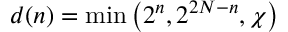
d ( n ) = \operatorname* { m i n } \left( 2 ^ { n } , 2 ^ { 2 N - n } , \chi \right)